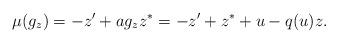
LaTeX: \begin{align*}\mu(g_z)=-z'+ag_zz^\ast=-z'+z^\ast +u-q(u)z.\end{align*}